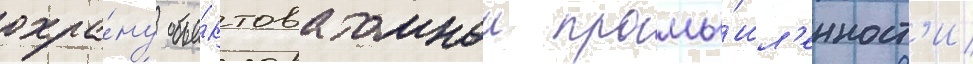
охра́ну объе́ктов атомнои промы́шл'енност'и